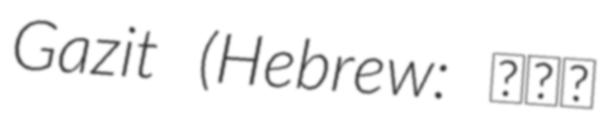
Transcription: Gazit (Hebrew: גבי